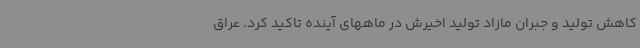
کاهش تولید و جبران مازاد تولید اخیرش در ماههای آینده تاکید کرد. عراق